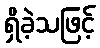
ရှိခဲ့သဖြင့်